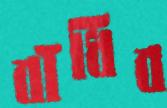
বাঁধিব